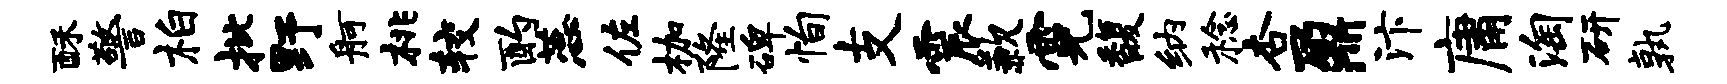
酥警柏批野舸桃较酌蕊佐枷隆碑恂支震歉霓馥纳稔杏鼐汴庸淘研孰